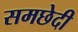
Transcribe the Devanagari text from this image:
समछेदी